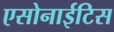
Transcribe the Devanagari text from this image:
एसोनाईटिस